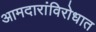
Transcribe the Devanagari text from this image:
आमदारांविरोधात